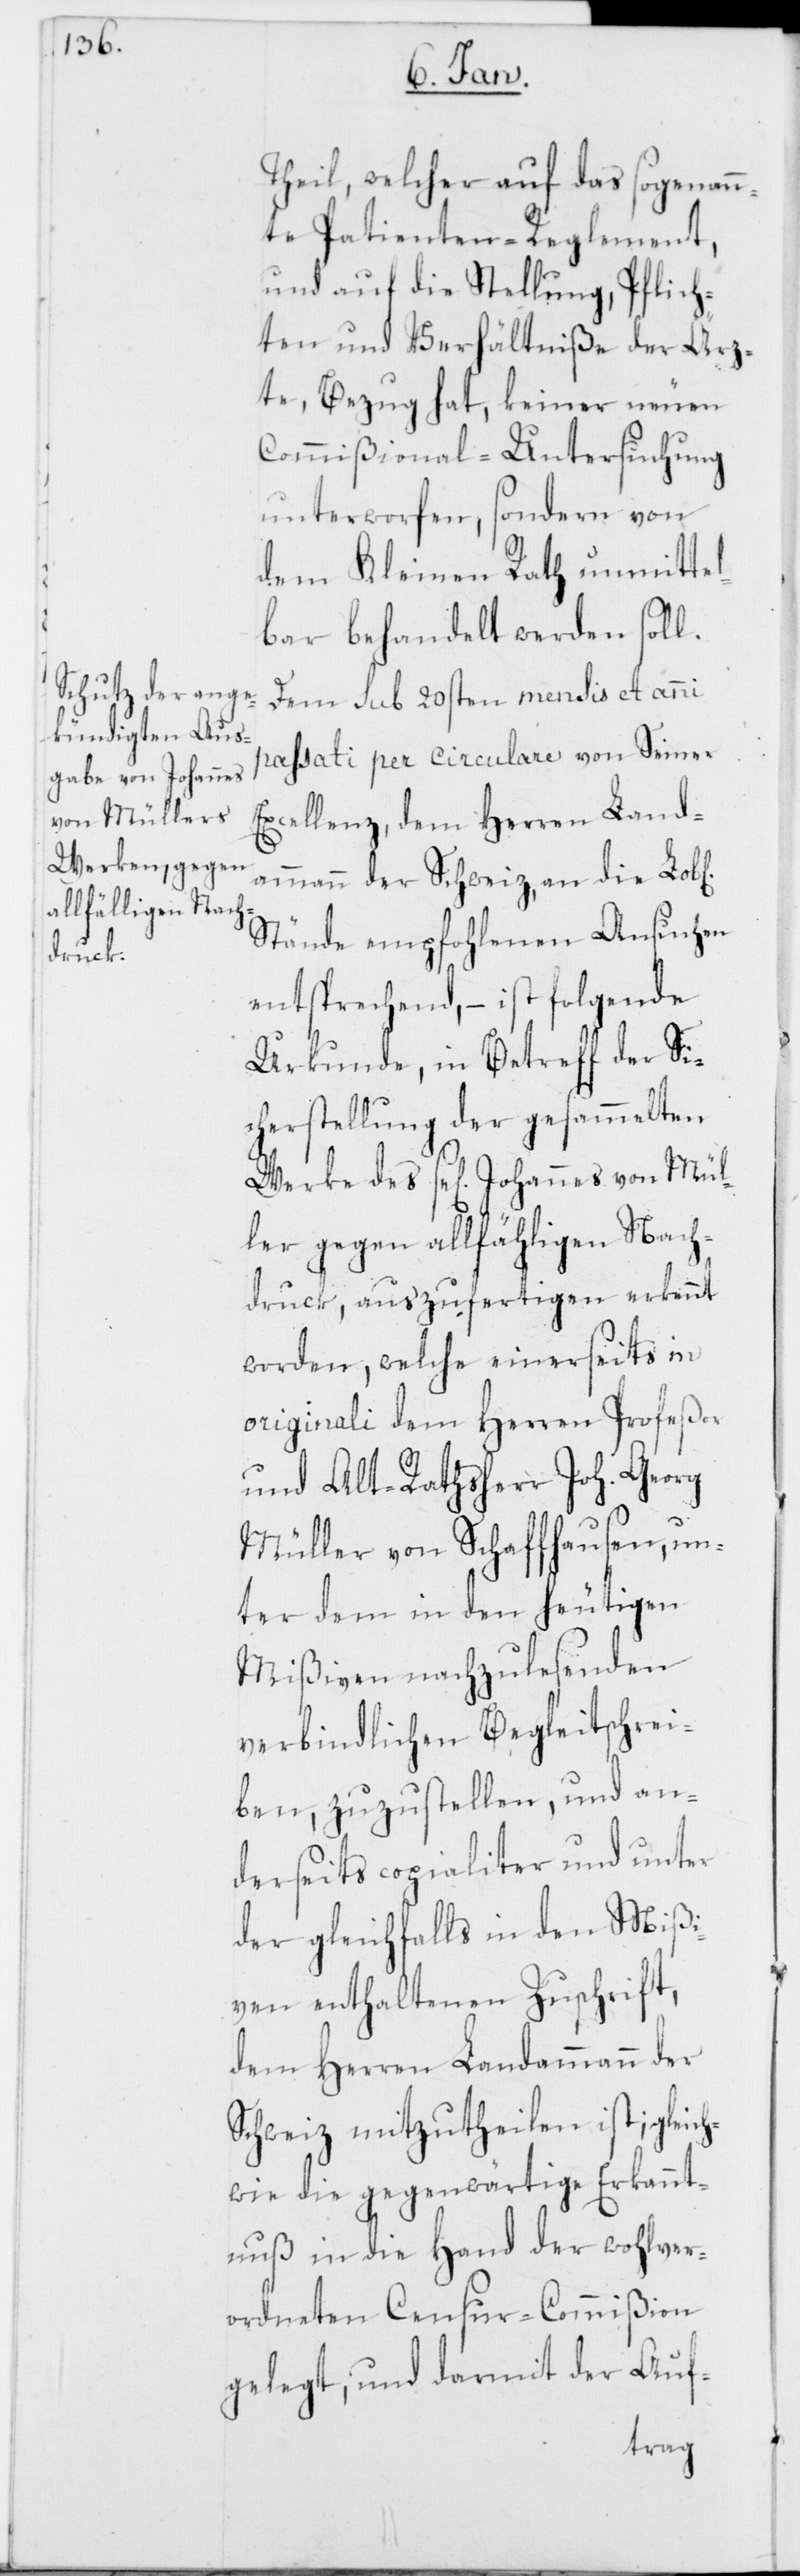
von Mül¬
ichen]

Theil, welcher auf das sogenan¬
nte Patienten-Reglement,
und auf die Stellung, Pflich¬
ten und Verhältniße der Ärz¬
te, Bezug hat, keiner neuen
Commißional-Untersuchung
unterworfen, sondern von
dem Kleinen Rath unmittel¬
bar behandelt werden soll.
Dem sub 20sten mensis et anni
passati per circulare von Seiner
Excellenz, dem Herren Land¬
ammann der Schweiz, an die Lob[l¬
Stände empfohlenen Ansuchen
entsprechend, – ist folgende
Urkunde, in Betreff der Si¬
cherstellung der gesammelten
ler gegen allfähligen Nach¬
druck, auszufertigen erkennt
worden, welche einerseits in
originali dem Herren Profeßor
und Alt-Ratsherr Joh. Georg
Müller von Schaffhausen, un¬
ter dem in den heutigen
Mißiven nachzulesenden
verbindlichen Begleitschrei¬
ben, zuzustellen, und an¬
derseits copialiter und unter
der gleichfalls in den Mißi¬
ven enthaltenen Zuschrift,
dem Herren Landammann der
Schweiz mitzutheilen ist; gleich¬
wie die gegenwärtige Erkannt¬
nuß in die Hand der wohlver¬
ordneten Censur-Commißion
gelegt, und darmit der Auf-